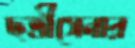
ছত্রীসেনার